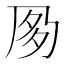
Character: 㚉